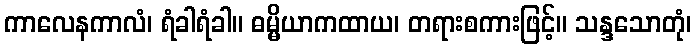
ကာလေနကာလံ၊ ရံခါရံခါ။ ဓမ္မိယာကထာယ၊ တရားစကားဖြင့်။ သန္ဒသောတုံ၊